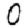
Digit: 0